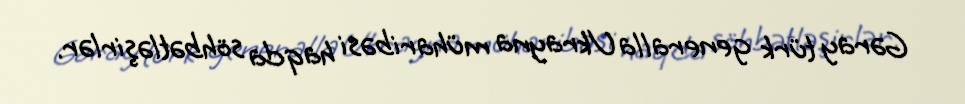
Gəray türk generalla Ukrayna müharibəsi haqda söhbətləşirlər.